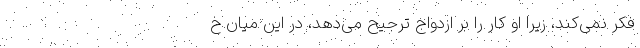
فکر نمی‌کند، زیرا او کار را بر ازدواج ترجیح می‌دهد، در این میان خ